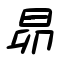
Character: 昂